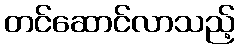
တင်ဆောင်လာသည့်